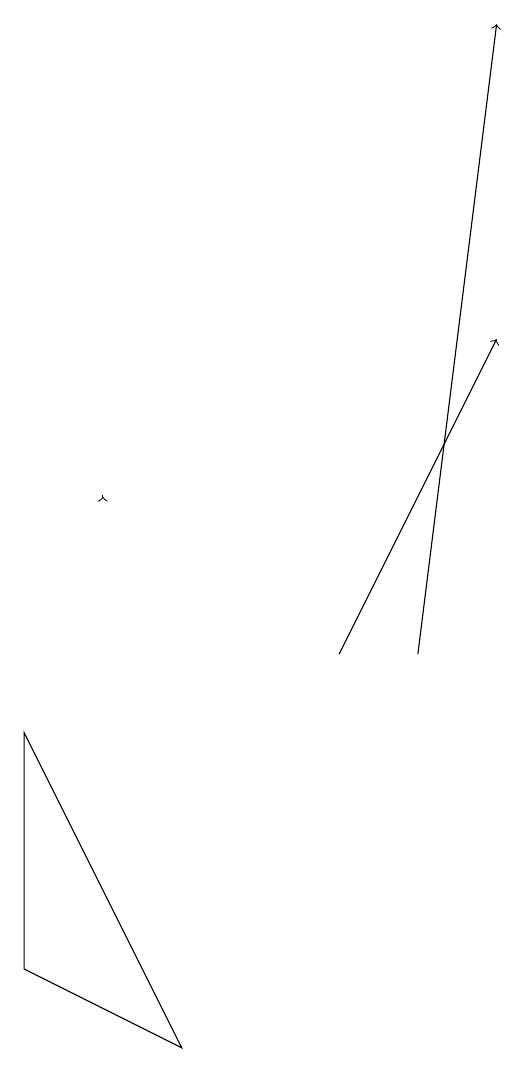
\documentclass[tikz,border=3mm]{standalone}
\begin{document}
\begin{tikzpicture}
\draw (1,9) -- (3,5) -- (1,6) -- cycle;
\draw[->] (2,12) -- (2,12);
\draw[->] (5,10) -- (7,14);
\draw[->] (6,10) -- (7,18);
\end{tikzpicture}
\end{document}